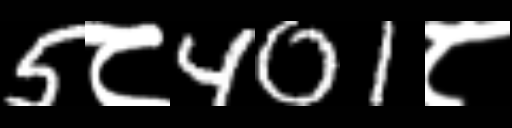
Text: 5८401८